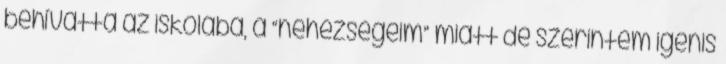
behívatta az iskolába, a “nehézségeim” miatt de szerintem igenis